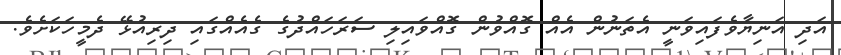
އަދި އަނިޔާވެފައިވަނީ އެތަނުން އެއް ގޮއްވުން ގޮއްވައިލި ސަރަހައްދުގެ ގެއެއްގައި ދިރިއުޅޭ ދެމީހަކަށެވެ.